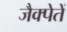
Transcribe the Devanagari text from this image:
जैक्पेतें